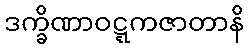
ဒက္ခိဏာဝဋ္ဋကဇာတာနိ